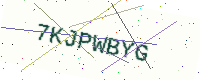
Text: 7KJPWBYG